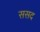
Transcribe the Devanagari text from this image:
ससद